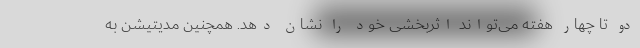
دو تا چهار هفته می‌تواند اثربخشی خود را نشان دهد. همچنین مدیتیشن به